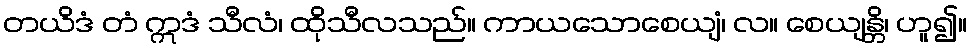
တယိဒံ တံ ဣဒံ သီလံ၊ ထိုသီလသည်။ ကာယသောစေယျံ၊ လ။ စေယျန္တိ၊ ဟူ၍။